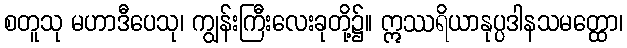
စတူသု မဟာဒီပေသု၊ ကျွန်းကြီးလေးခုတို့၌။ ဣဿရိယာနုပ္ပဒါနသမတ္ထော၊